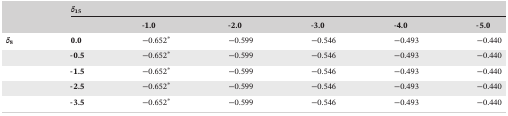
<table><thead><tr><td></td><td colspan="6"><b><i>δ</i><sub>15</sub></b></td></tr><tr><td></td><td></td><td><b>‐1.0</b></td><td><b>‐2.0</b></td><td><b>‐3.0</b></td><td><b>‐4.0</b></td><td><b>‐5.0</b></td></tr></thead><tbody><tr><td><b><i>δ</i><sub>8</sub></b></td><td><b>0.0</b></td><td>−0.652∗</td><td>−0.599</td><td>−0.546</td><td>−0.493</td><td>−0.440</td></tr><tr><td></td><td><b>‐0.5</b></td><td>−0.652∗</td><td>−0.599</td><td>−0.546</td><td>−0.493</td><td>−0.440</td></tr><tr><td></td><td><b>‐1.5</b></td><td>−0.652∗</td><td>−0.599</td><td>−0.546</td><td>−0.493</td><td>−0.440</td></tr><tr><td></td><td><b>‐2.5</b></td><td>−0.652∗</td><td>−0.599</td><td>−0.546</td><td>−0.493</td><td>−0.440</td></tr><tr><td></td><td><b>‐3.5</b></td><td>−0.652∗</td><td>−0.599</td><td>−0.546</td><td>−0.493</td><td>−0.440</td></tr></tbody></table>